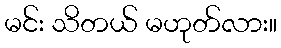
မင်း သိတယ် မဟုတ်လား။